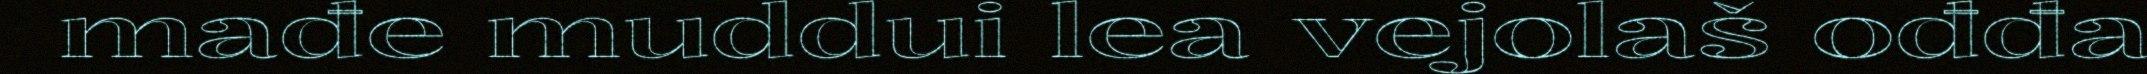
mađe muddui lea vejolaš ođđa